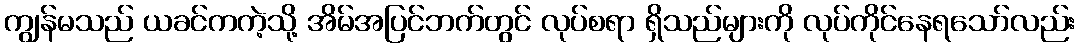
ကျွန်မသည် ယခင်ကကဲ့သို့ အိမ်အပြင်ဘက်တွင် လုပ်စရာ ရှိသည်များကို လုပ်ကိုင်နေရသော်လည်း